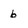
Character: 6